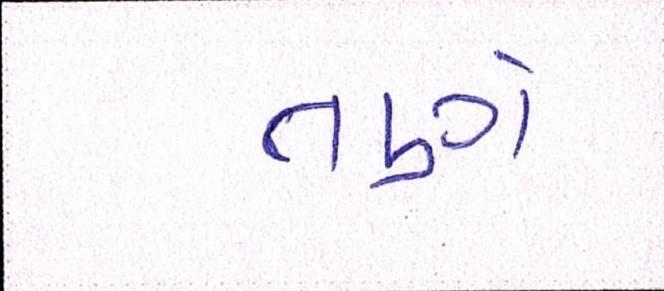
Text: તણે